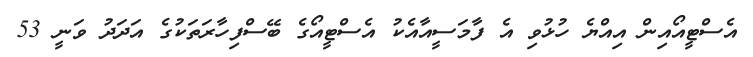
އެސްޓީއޯއިން އިއްޔެ ހުޅުވި އެ ފާމަސީއާއެކު އެސްޓީއޯގެ ބޭސްފިހާރަތަކުގެ އަދަދު ވަނީ 53